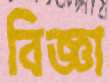
বিজ্ঞা